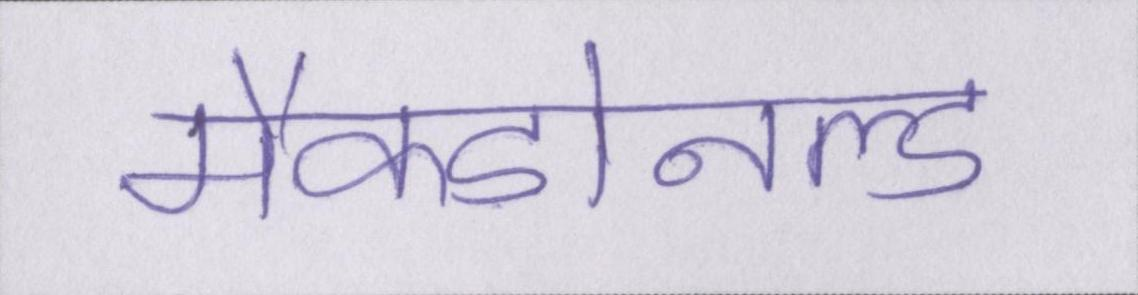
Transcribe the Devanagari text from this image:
मैकडोनल्ड